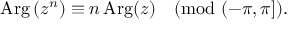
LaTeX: \operatorname { A r g } \left( z ^ { n } \right) \equiv n \operatorname { A r g } ( z ) { \pmod { ( - \pi , \pi ] } } .